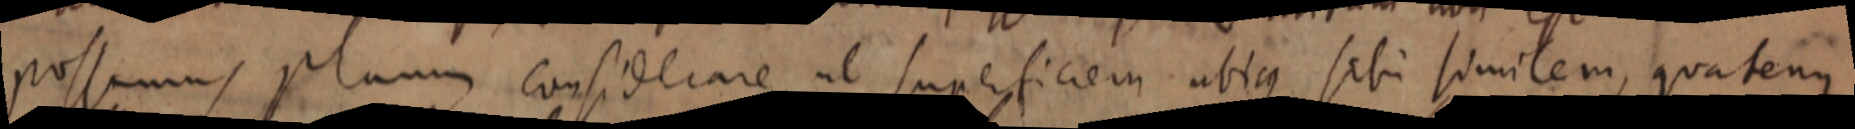
possumus planum considerare ut superficiem ubique sibi similem, quatenus